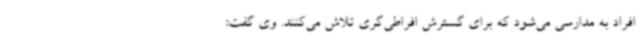
افراد به مدارسی می‌شود که برای گسترش افراطی‌گری تلاش می‌کنند. وی گفت: